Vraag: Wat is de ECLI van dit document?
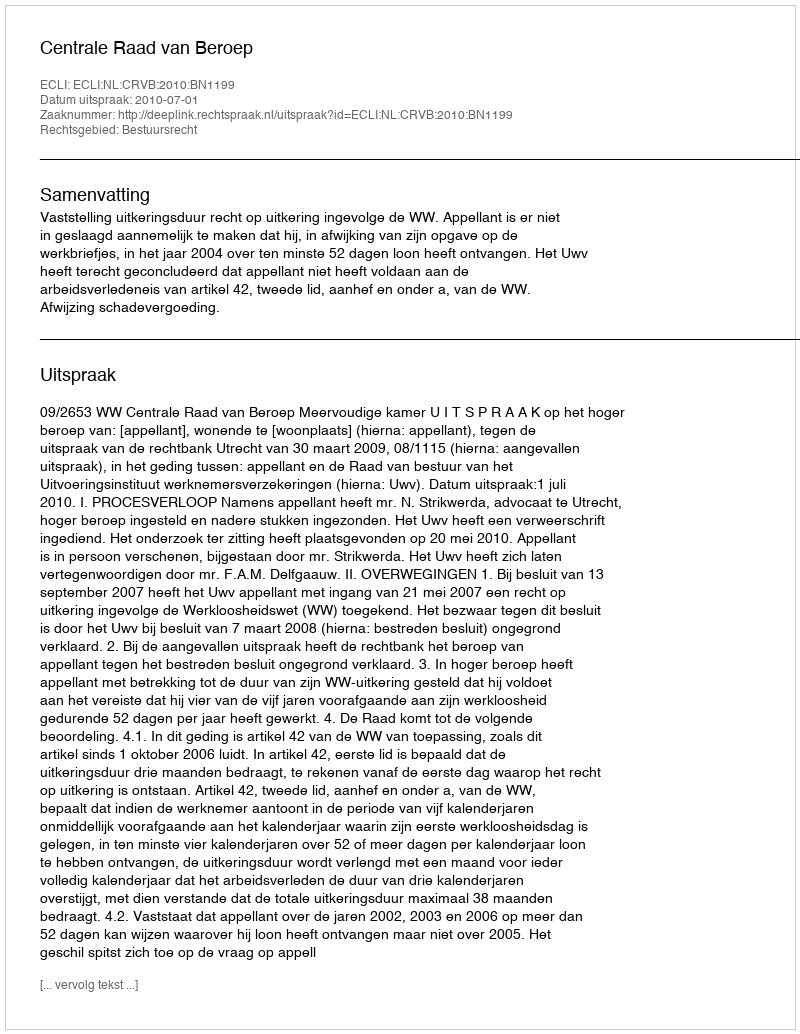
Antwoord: ECLI:NL:CRVB:2010:BN1199